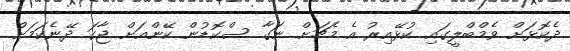
ދެކޮޅަށް ވެމްބްލީގައި ކުޅޭއިރު އެ މެޗަށް ނަގާ ސްކޮޑުން ކޭންއަށް ޖާގަ ދޭނެކަމަށް